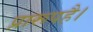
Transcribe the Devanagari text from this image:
प्रारूपहै।